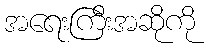
အရေးကြီးအဆိုကို